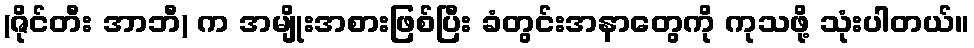
(ဇိုင်တီး အာဘီ) က အမျိုးအစားဖြစ်ပြီး ခံတွင်းအနာတွေကို ကုသဖို့ သုံးပါတယ်။